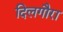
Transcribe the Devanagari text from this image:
दिलगौरा